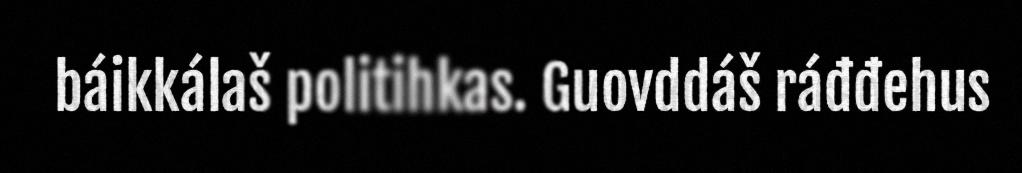
báikkálaš politihkas. Guovddáš ráđđehus